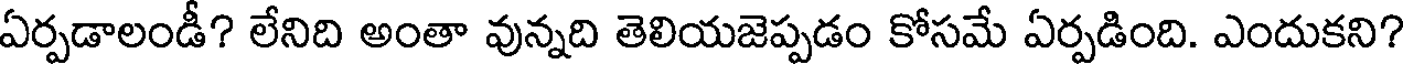
ఏర్పడాలండీ? లేనిది అంతా వున్నది తెలియజెప్పడం కోసమే ఏర్పడింది. ఎందుకని?